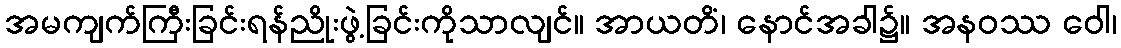
အမကျက်ကြီးခြင်းရန်ညိုးဖွဲ့ခြင်းကိုသာလျင်။ အာယတိံ၊ နောင်အခါ၌။ အနဝဿ ဝေါ၊